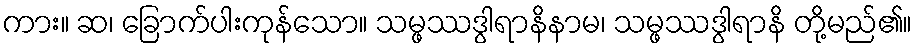
ကား။ ဆ၊ ခြောက်ပါးကုန်သော။ သမ္ဖဿဒွါရာနိနာမ၊ သမ္ဖဿဒွါရာနိ တို့မည်၏။